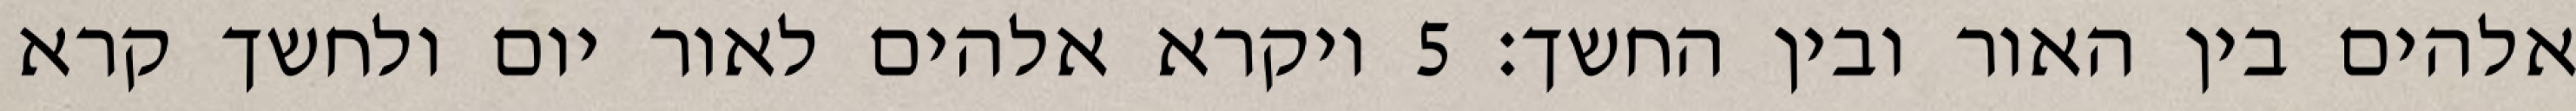
אלהים בין האור ובין החשך׃ ‎5‏ ויקרא אלהים לאור יום ולחשך קרא